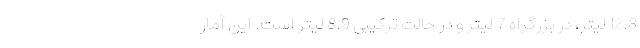
12.8 لیتر، در بزرگراه 7 لیتر و در حالت ترکیبی 8.9 لیتر است. این آمار